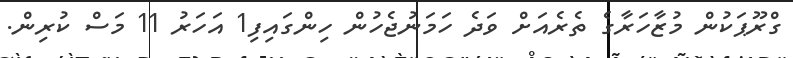
ގްރޫޕަކުން މުޒާހަރާގެ ތެރެއަށް ވަދެ ހަމަނުޖެހުން ހިންގައިފި1 އަހަރު 11 މަސް ކުރިން.